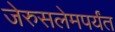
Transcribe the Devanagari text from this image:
जेरुसलेमपर्यंत